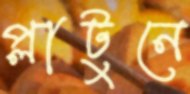
প্লাটুনে